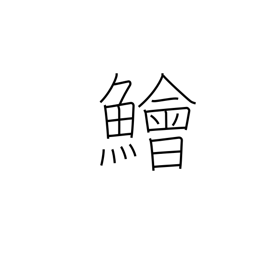
Meaning: lizard fish